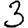
Digit: 3